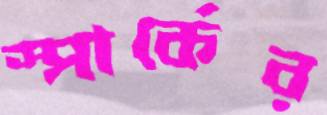
স্পার্কের